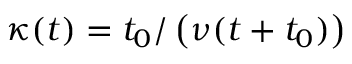
\kappa ( t ) = t _ { 0 } / \left( \nu ( t + t _ { 0 } ) \right)